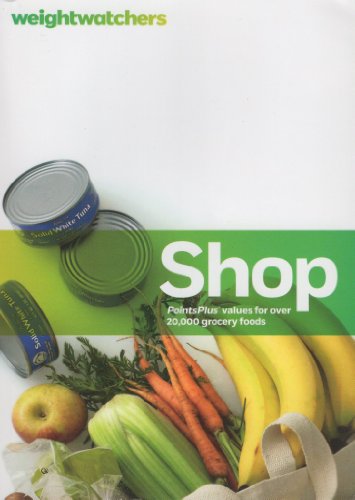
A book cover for Weight Watchers Shop: PointsPlus Values for Over 20,000 Grocery Foods; Weight Watchers Staff; Health, Fitness & Dieting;